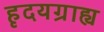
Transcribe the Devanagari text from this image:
हृदयग्राह्य